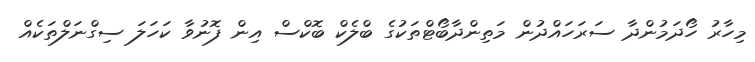
މިހާރު ހޯދަމުންދާ ސަރަހައްދުން މަތިންދާބޯޓްތަކުގެ ބްލެކް ބޮކްސް އިން ފޮނުވާ ކަހަލަ ސިގްނަލްތަކެއް